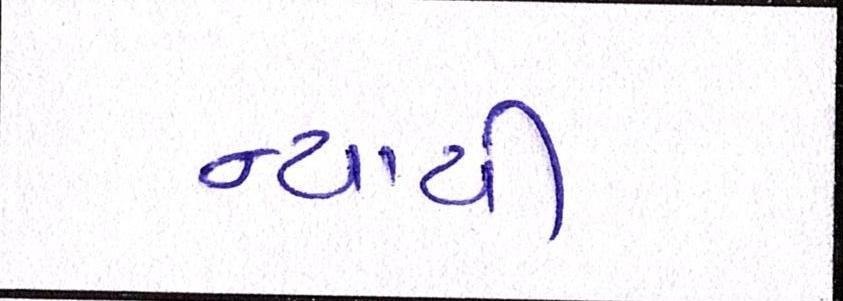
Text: ન્યાયી